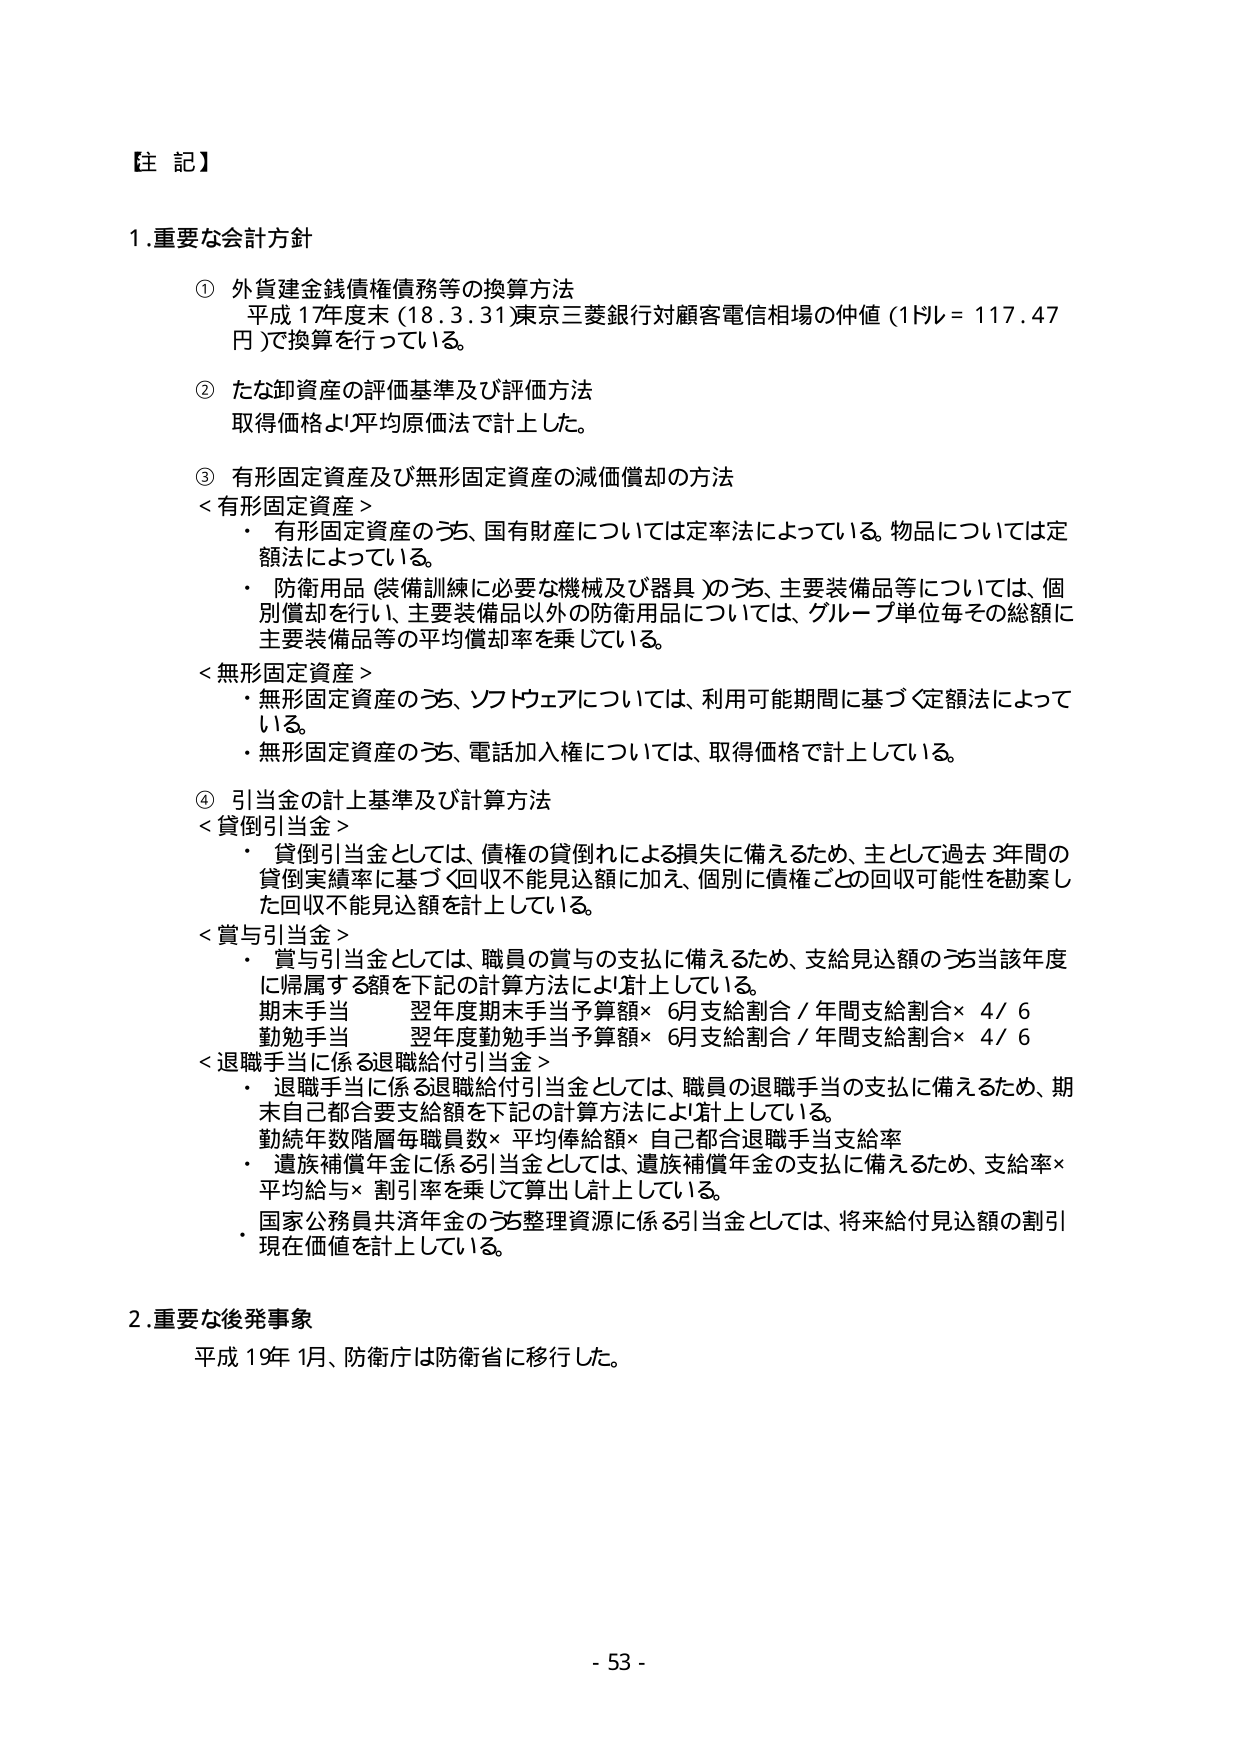
【注 記】

1.重要な会計方針

① 外貨建金銭債権債務等の換算方法
平成17年度末（18.3.31）東京三菱銀行対顧客電信相場の仲値（1ドル＝117.47円）で換算を行っている。

② たな卸資産の評価基準及び評価方法
取得価格より平均原価法で計上した。

③ 有形固定資産及び無形固定資産の減価償却の方法
＜有形固定資産＞
・有形固定資産のうち、国有財産については定率法によっている。物品については定額法によっている。
・防衛用品（装備訓練に必要な機械及び器具）のうち、主要装備品等については、個別償却を行い、主要装備品以外の防衛用品については、グループ単位毎その総額に主要装備品等の平均償却率を乗じている。
＜無形固定資産＞
・無形固定資産のうち、ソフトウェアについては、利用可能期間に基づく定額法によっている。
・無形固定資産のうち、電話加入権については、取得価格で計上している。

④ 引当金の計上基準及び計算方法
＜貸倒引当金＞
・貸倒引当金としては、債権の貸倒れによる損失に備えるため、主として過去3年間の貸倒実績率に基づく回収不能見込額に加え、個別に債権ごとの回収可能性を勘案した回収不能見込額を計上している。
＜賞与引当金＞
・賞与引当金としては、職員の賞与の支払に備えるため、支給見込額のうち当該年度に帰属する額を下記の計算方法により計上している。
期末手当　翌年度期末手当予算額×6月支給割合／年間支給割合×4／6
勤勉手当　翌年度勤勉手当予算額×6月支給割合／年間支給割合×4／6
＜退職手当に係る退職給付引当金＞
・退職手当に係る退職給付引当金としては、職員の退職手当の支払に備えるため、期末自己都合要支給額を下記の計算方法により計上している。
勤続年数階層毎職員数×平均俸給額×自己都合退職手当支給率
・遺族補償年金に係る引当金としては、遺族補償年金の支払に備えるため、支給率×平均給与×割引率を乗じて算出し計上している。
・国家公務員共済年金のうち整理資源に係る引当金としては、将来給付見込額の割引現在価値を計上している。

2.重要な後発事象
平成19年1月、防衛庁は防衛省に移行した。

- 53 -